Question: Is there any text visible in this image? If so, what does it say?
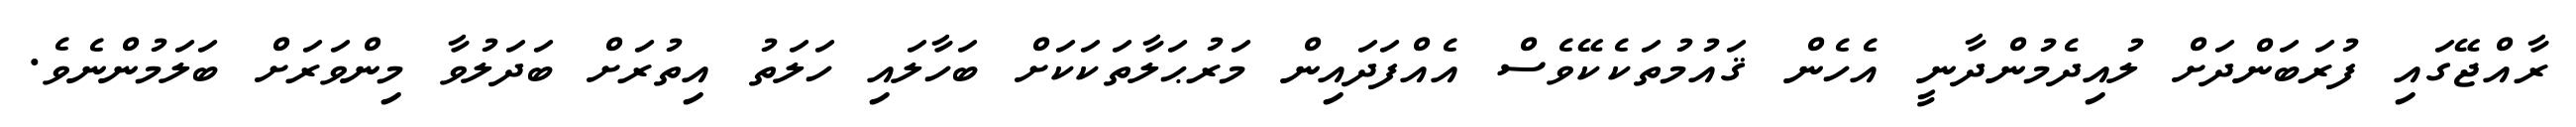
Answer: ރާއްޖޭގައި ފުރަބަންދަށް ލުއިދެމުންދާނީ އެހެން ޤައުމުތަކެކޭވެސް އެއްފަދައިން މަރުޙަލާތަކަކަށް ބަހާލައި ހަލަތު އިތުރަށް ބަދަލުވާ މިންވަރަށް ބަލަމުންނެވެ.